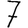
Digit: 7